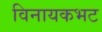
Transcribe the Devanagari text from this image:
विनायकभट